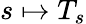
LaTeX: s\mapsto T_{s}